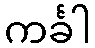
ကင်္ခါ